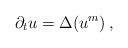
\begin{align*}\partial_t u =\Delta(u^m)\,,\end{align*}